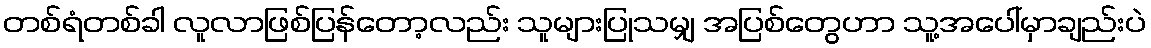
တစ်ရံတစ်ခါ လူလာဖြစ်ပြန်တော့လည်း သူများပြုသမျှ အပြစ်တွေဟာ သူ့အပေါ်မှာချည်းပဲ